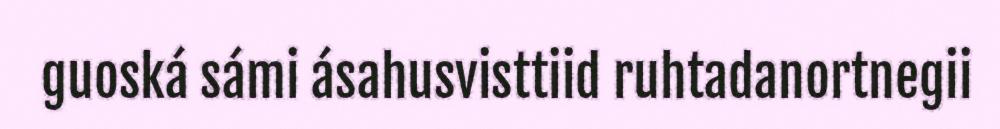
guoská sámi ásahusvisttiid ruhtadanortnegii